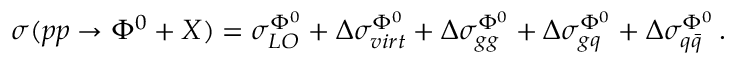
\sigma ( p p \to \Phi ^ { 0 } + X ) = \sigma _ { L O } ^ { \Phi ^ { 0 } } + \Delta \sigma _ { v i r t } ^ { \Phi ^ { 0 } } + \Delta \sigma _ { g g } ^ { \Phi ^ { 0 } } + \Delta \sigma _ { g q } ^ { \Phi ^ { 0 } } + \Delta \sigma _ { q \bar { q } } ^ { \Phi ^ { 0 } } \, .